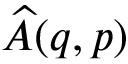
\widehat { A } ( q , p )